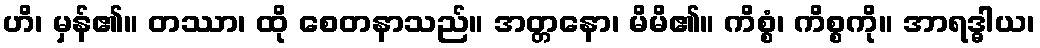
ဟိ၊ မှန်၏။ တဿာ၊ ထို စေတနာသည်။ အတ္တနော၊ မိမိ၏။ ကိစ္စံ၊ ကိစ္စကို။ အာရဒ္ဓါယ၊